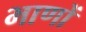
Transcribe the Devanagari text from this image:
भाणों